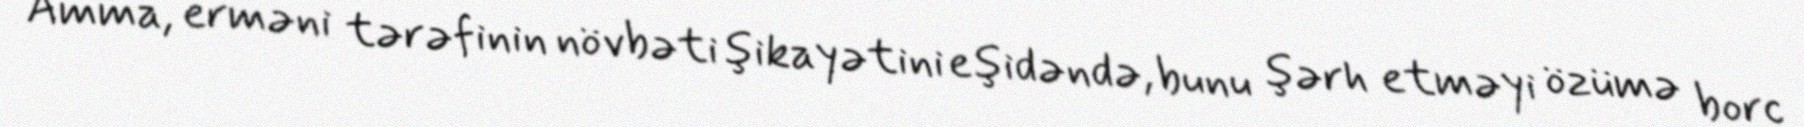
Amma, erməni tərəfinin növbəti şikayətini eşidəndə, bunu şərh etməyi özümə borc